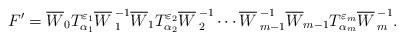
LaTeX: \begin{align*}F'=\overline{W}_0 T^{\varepsilon_1}_{\alpha_1} {\overline{W}\,}^{-1}_1 \overline{W}_1 T^{\varepsilon_2}_{\alpha_2} {\overline{W}\,}^{-1}_2 \cdots {\overline{W}\,}^{-1}_{m - 1}\overline{W}_{m - 1} T^{\varepsilon_m}_{\alpha_m} {\overline{W}\,}^{-1}_m.\end{align*}